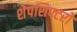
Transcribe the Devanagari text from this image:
शेपशिफ्टरों